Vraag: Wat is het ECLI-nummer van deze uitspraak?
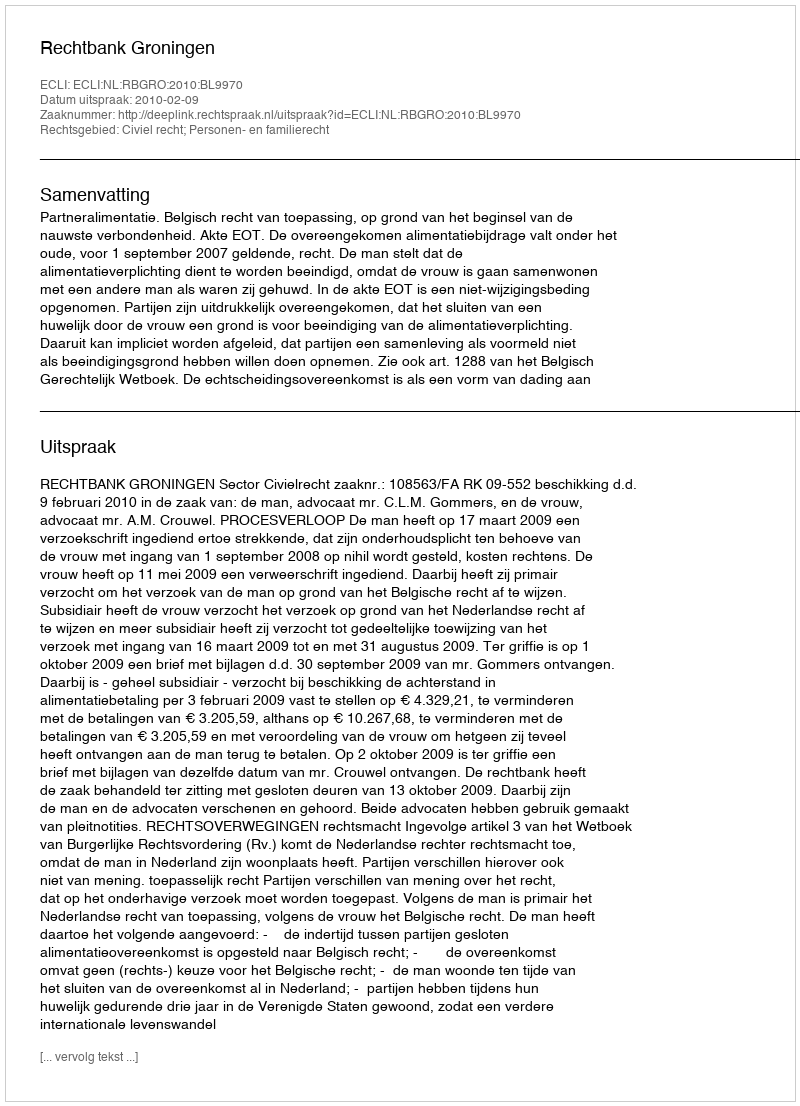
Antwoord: ECLI:NL:RBGRO:2010:BL9970